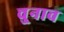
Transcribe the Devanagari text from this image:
चु्नाव